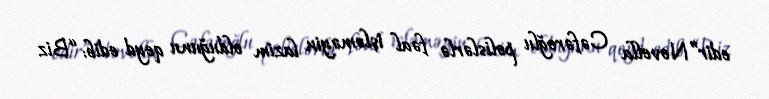
edir”Novella Cəfəroğlu polislərlə fəal işləməyin lazim olduğunu qeyd edib: “Biz